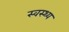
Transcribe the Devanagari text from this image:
स्‍वस्‍थ्‍य